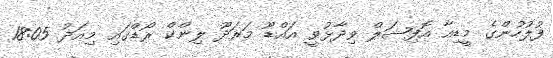
ފުލުހުންގެ މީޑިއާ އޮފިޝަލް ވިދާޅުވީ އައްޑޫ މަރަދޫ ލިންކް ރޯޑްގައި މިއަދު 18:05